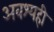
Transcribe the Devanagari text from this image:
अवश्यही